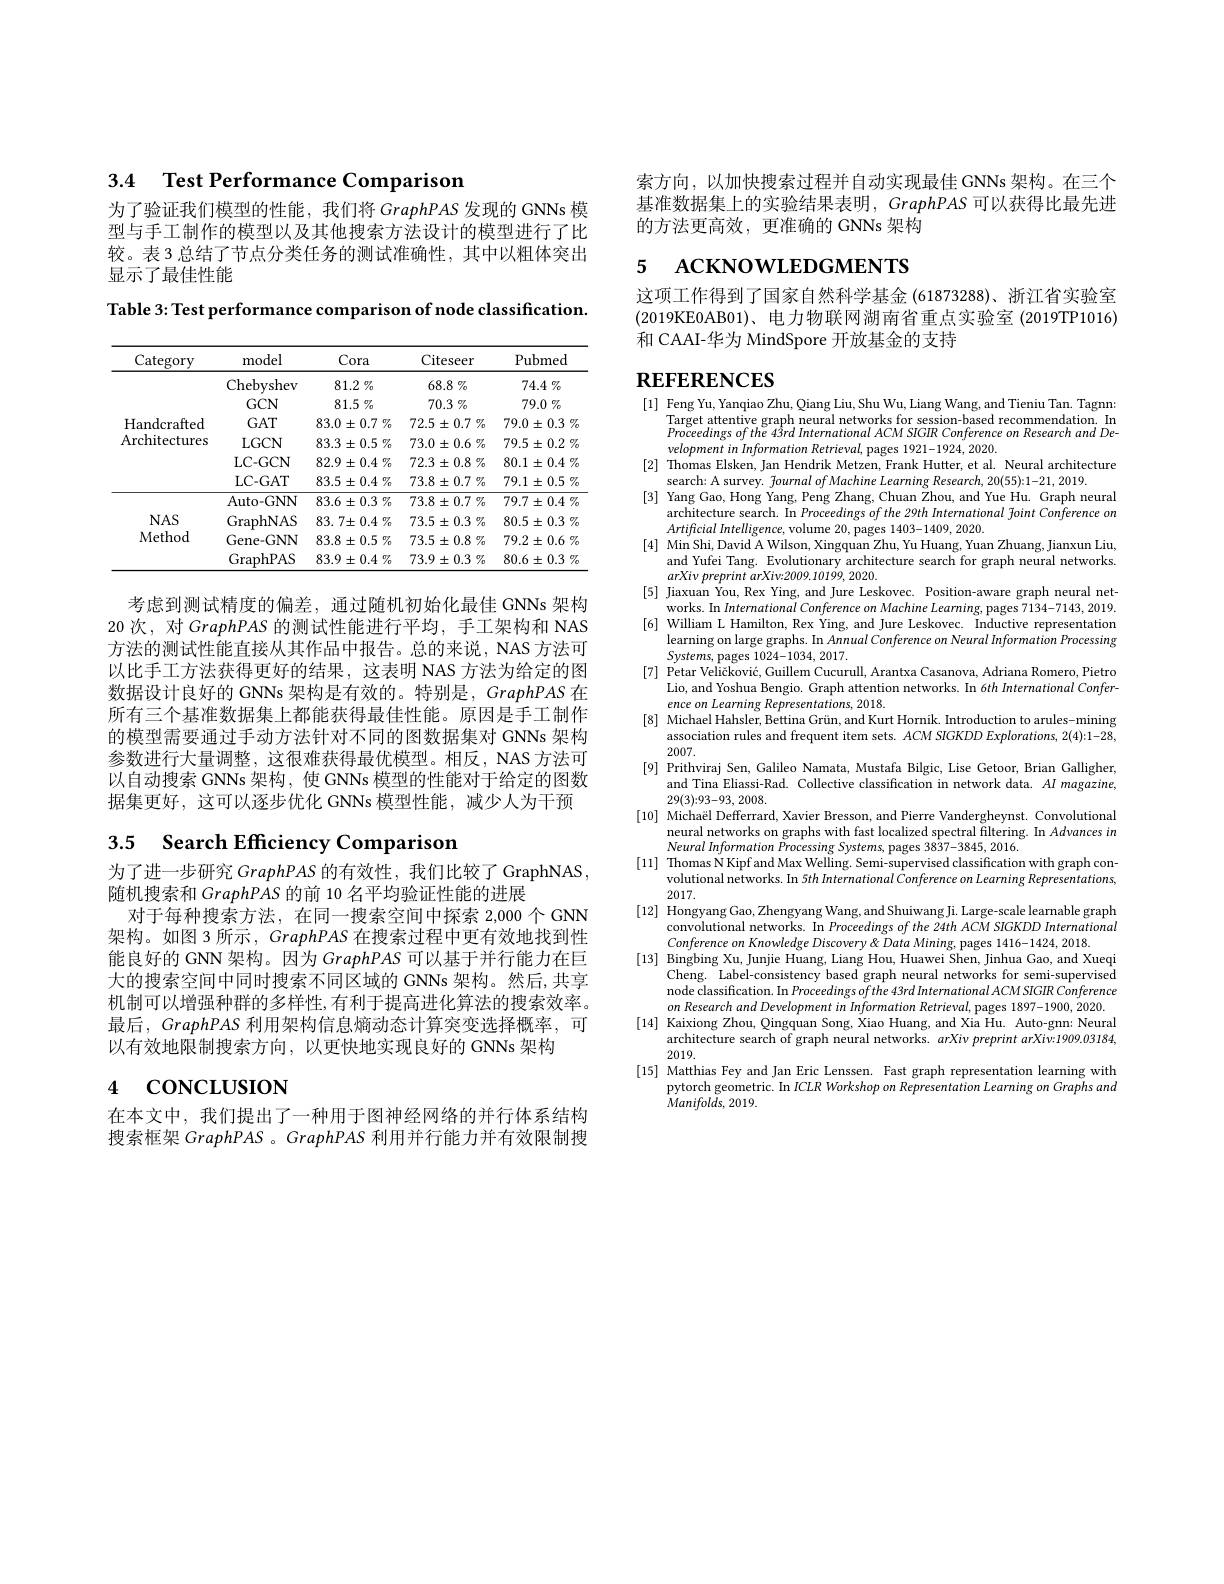
3.4 Test Performance Comparison

为了验证我们模型的性能，我们将 GraphPAS 发现的 GNNs 模型与手工制作的模型以及其他搜索方法设计的模型进行了比较。表 3 总结了节点分类任务的测试准确性，其中以粗体突出显示了最佳性能

Table 3: Test performance comparison of node classification.

<table>
	<tbody>
		<tr>
			<th>Category</th>
			<th>model</th>
			<th>Cora</th>
			<th>Citeseer</th>
			<th>Pubmed</th>
		</tr>
		<tr>
			<td rowspan="6">Handcrafted Architectures</td>
			<td>Chebyshev</td>
			<td>$81.2\%$</td>
			<td>$68.8\%$</td>
			<td>$74.4\%$</td>
		</tr>
		<tr>
			<td>$GCN$</td>
			<td>$81.5\%$</td>
			<td>$70.3\%$</td>
			<td>$79.0\%$</td>
		</tr>
		<tr>
			<td>$GAT$</td>
			<td>$83. 0\pm 0. 7$ $\%$</td>
			<td>$72.5\pm0.7\%$</td>
			<td>$79. 0\pm 0. 3$ $\%$</td>
		</tr>
		<tr>
			<td>$LGCN$</td>
			<td>$83.3\pm0.5\%$</td>
			<td>$73.0\pm0.6\%$</td>
			<td>$79.5\pm0.2\%$</td>
		</tr>
		<tr>
			<td>LC- GCN</td>
			<td>$82. 9\pm 0. 4$ $\%$</td>
			<td>$72.3\pm0.8\%$</td>
			<td>$80.1\pm0.4\%$</td>
		</tr>
		<tr>
			<td>LC- GAT</td>
			<td>$83.5\pm0.4\%$</td>
			<td>$73.8\pm0.7\%$</td>
			<td>$79.1\pm0.5\%$</td>
		</tr>
		<tr>
			<td rowspan="4">$NAS$ Method</td>
			<td>Auto-GNN</td>
			<td>$83. 6\pm 0. 3$ $\%$</td>
			<td>$73.8\pm0.7\%$</td>
			<td>$79.7\pm0.4\%$</td>
		</tr>
		<tr>
			<td>GraphNAS</td>
			<td>$83.7\pm0.4\%$</td>
			<td>$73.5\pm0.3\%$</td>
			<td>$80. 5\pm 0. 3$ $\%$</td>
		</tr>
		<tr>
			<td>Gene-GNN</td>
			<td>$83.8\pm0.5\%$</td>
			<td>$73.5\pm0.8\%$</td>
			<td>$79.2\pm0.6\%$</td>
		</tr>
		<tr>
			<td>GraphPAS</td>
			<td>$83.9\pm0.4\%$</td>
			<td>$73.9\pm0.3\%$</td>
			<td>$80. 6\pm 0. 3$ $\%$</td>
		</tr>
	</tbody>
</table>

考虑到测试精度的偏差，通过随机初始化最佳 GNNs 架构20 次，对 GraphPAS 的测试性能进行平均，手工架构和 NAS 方法的测试性能直接从其作品中报告。总的来说，NAS 方法可以比手工方法获得更好的结果，这表明 NAS 方法为给定的图数据设计良好的 GNNs 架构是有效的。特别是，GraphPAS 在所有三个基准数据集上都能获得最佳性能。原因是手工制作的模型需要通过手动方法针对不同的图数据集对 GNNs 架构参数进行大量调整，这很难获得最优模型。相反，NAS 方法可以自动搜索 GNNs 架构，使 GNNs 模型的性能对于给定的图数据集更好，这可以逐步优化 GNNs 模型性能，减少人为干预

# 3.5 Search Efficiency Comparison

为了进一步研究 GraphPAS 的有效性，我们比较了 GraphNAS
随机搜索和 GraphPAS 的前 10 名平均验证性能的进展
对于每种搜索方法，在同一搜索空间中探索 2,000个 GNN 架构。如图 3 所示，GraphPAS 在搜索过程中更有效地找到性能良好的 GNN 架构。因为 GraphPAS 可以基于并行能力在巨大的搜索空间中同时搜索不同区域的 GNNs 架构。然后，共享机制可以增强种群的多样性，有利于提高进化算法的搜索效率。最后，GraphPAS 利用架构信息熵动态计算突变选择概率，可以有效地限制搜索方向，以更快地实现良好的 GNNs 架构

# 4 concLUsIoN

在本文中，我们提出了一种用于图神经网络的并行体系结构搜索框架 GraphPAS 。GraphPAS 利用并行能力并有效限制搜

索方向，以加快搜索过程并自动实现最佳 GNNs 架构。在三个基准数据集上的实验结果表明，GraphPAS 可以获得比最先进的方法更高效，更准确的 GNNs 架构

# 5 ACKNOWLEDGMENTS

这项工作得到了国家自然科学基金 (61873288)、浙江省实验室(2019KE0AB$01)、$电力物联网湖南省重点实验室 (2019TP1016) 和 CAAI-华为 MindSpore 开放基金的支持

# REFERENCES

[1] Feng Yu, Yanqiao Zhu, Qiang Liu, Shu Wu, Liang Wang, and Tieniu Tan. Tagnn:
Target attentive graph neural networks for session-based recommendation. In $Proceedingsofthe43rdInternationalACMSIGIR$ Conference on Research and Development in Information Retrieval, pages 1921-1924, 2020.
[2] Thomas Elsken, Jan Hendrik Metzen, Frank Hutter, et al. Neural architecture
search: A survey. $\tilde{f}ournalofMachine$ Learning Research, 20(55):1-21, 2019.
[3] Yang Gao, Hong Yang, Peng Zhang, Chuan Žhou, and Yue Hu. Graph neural
architecture search. In Proceedings ofthe 29th International foint Conference on
$Artificial\textit{Intelligence, volume 20, pages 1403- 1409, 2020. }$
[4] Min Shi, David A Wilson, Xingquan Zhu, Yu Huang, Yuan Zhuang, Jianxun Liu,
and Yufei Tang. Evolutionary architecture search for graph neural networks.
$arXiv\textit{ preprint arXiv: 2009. 10199, 2020. }$
[5] Jiaxuan You, Rex Ying, and Jure Leskovec. Position-aware graph neural net-
works. In International Conference on Machine Learning, pages 7134-7143, 2019. [6] William L Hamilton, Rex Ying, and Jure Leskovec. Inductive representation
learning on large graphs. In Annual Conference on Neural Information Processing
$Systems$, pages 1024-1034, 2017.
[7] Petar Veličković, Guillem Cucurull, Arantxa Casanova, Adriana Romero, Pietro
Lio, and Yoshua Bengio. Graph attention networks. In 6th International Confer-
ence on Learning Representations, 2018.
[8] Michael Hahsler, Bettina Grün, and Kurt Hornik. Introduction to arules-mining
association rules and frequent item sets. $ACMSIGKDDExplorations,2(4):1-28$,
2007.
[9] Prithviraj Sen, Galileo Namata, Mustafa Bilgic, Lise Getoor, Brian Galligher,
and Tina Eliassi-Rad. Collective classification in network data. $AI\textit{magazine, }$
29(3):93-93,2008
[10] Michaël Defferrard, Xavier Bresson, and Pierre Vandergheynst. Convolutional
neural networks on graphs with fast localized spectral filtering. In Advances in
$Neural\textit{ Information Processing Systems, pages 3837- 3845, 2016. }$
[11] Thomas N Kipf and Max Welling. Semi-supervised classification with graph con-
volutional networks. In 5th International Conference on Learming Representations,
2017.
[12] Hongyang Gao, Zhengyang Wang, and Shuiwang Ji. Large-scale learnable graph
convolutional networks. In Proceedings of the 24th ACM SIGKDD International
Conference on Knowledge Discovery & Data Mining, pages 1416-1424, 2018.
[13] Bingbing Xu, Junjie Huang, Liang Hou, Huawei Shen, Jinhua Gao, and Xueqi
Cheng. Label-consistency based graph neural networks for semi-supervised node classification. In Proceedings ofthe 43rd International ACM SIGIR Conference $on$ Research and Development in Information Retrieval, pages 1897-1900, 2020.
[14] Kaixiong Zhou, Qingquan Song, Xiao Huang, and Xia Hu. Auto-gnn: Neural
architecture search of graph neural networks. arXiv preprint arXiv:1909.03184,
2019.
[15] Matthias Fey and Jan Eric Lenssen. Fast graph representation learning with
pytorch geometric. In $ICLR$ Workshop on Representation Learning on Graphs and
$Manifolds,2019.$